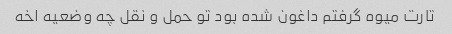
تارت میوه گرفتم داغون شده بود تو حمل و نقل چه وضعیه اخه